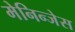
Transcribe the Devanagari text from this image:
मेनिन्जेस